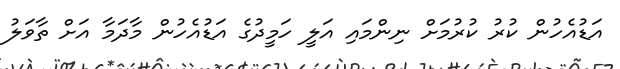
އަޑުއެހުން ކުރު ކުރުމަށް ނިންމައި އަލީ ހަމީދުގެ އަޑުއެހުން މާދަމާ އަށް ތާވަލު